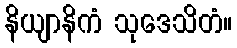
နိယျာနိကံ သုဒေသိတံ။